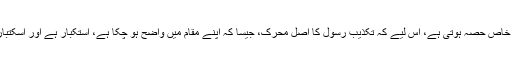
یہ رسوائی بھی اس کا خاص حصہ ہوتی ہے، اس لیے کہ تکذیب رسول کا اصل محرک، جیسا کہ اپنے مقام میں واضح ہو چکا ہے، استکبار ہے اور اسکتبار کی سزا رسوائی ہے۔